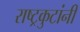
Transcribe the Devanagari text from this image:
राष्ट्रकुटांनी